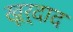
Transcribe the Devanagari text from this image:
खूर्दाद